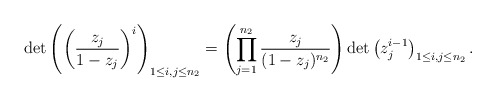
\begin{align*}\det\left(\left(\frac{z_j}{1-z_j}\right)^{i}\right)_{1\le i,j\le n_2}=\left(\prod\limits_{j=1}^{n_2}\frac{z_j}{(1-z_j)^{n_2}}\right)\det\left(z_j^{i-1}\right)_{1\le i,j\le n_2}.\end{align*}